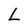
Character: L